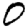
Digit: 0